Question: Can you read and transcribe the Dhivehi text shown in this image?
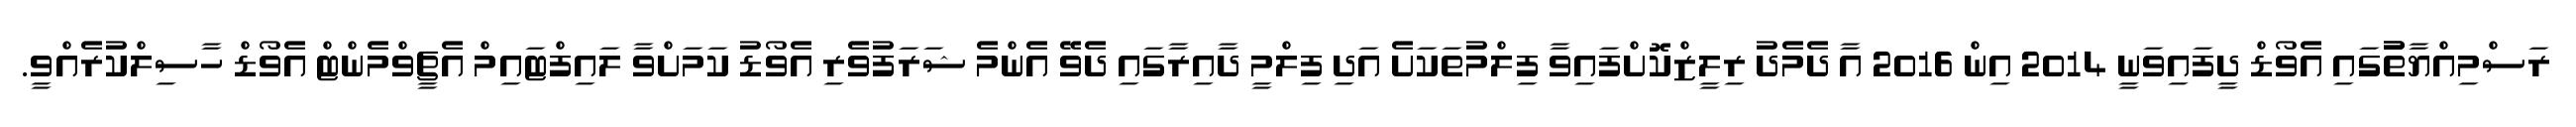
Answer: ރަސްމިއްޔާތުުގައި އެވޯޑް ދީފައިވަނީ 2014 އިން 2016 އާ ދެމެދު ރިލީޒްކޮށްފައިވާ ފިލްމުތަކަށެ އަދި ފިލްމީ ދާއިރާގައި ދެވޭ އެންމެ ޝަރަފުވެރި އެވޯޑު ކަމަށްވާ ލައިފްޓައިމް އެޗީވްމެންޓް އެވޯޑް ހާސިލްކުރެއްވީ.